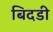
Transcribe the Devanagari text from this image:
बिदडी